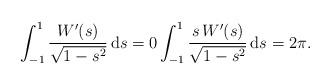
LaTeX: \begin{align*}\int^1_{-1}\frac{W'(s)}{\sqrt{1-s^2}}\, \mathrm ds=0 &\int^1_{-1}\frac{s \, W'(s)}{\sqrt{1-s^2}}\, \mathrm ds=2\pi.\end{align*}